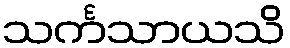
သင်္ကသာယသိ